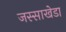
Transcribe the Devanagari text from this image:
जस्‍साखेडा